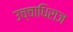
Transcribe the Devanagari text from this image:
उच्चाधिराज